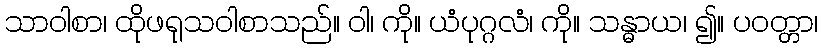
သာဝါစာ၊ ထိုဖရုသဝါစာသည်။ ဝါ၊ ကို။ ယံပုဂ္ဂလံ၊ ကို။ သန္ဓာယ၊ ၍။ ပဝတ္တာ၊